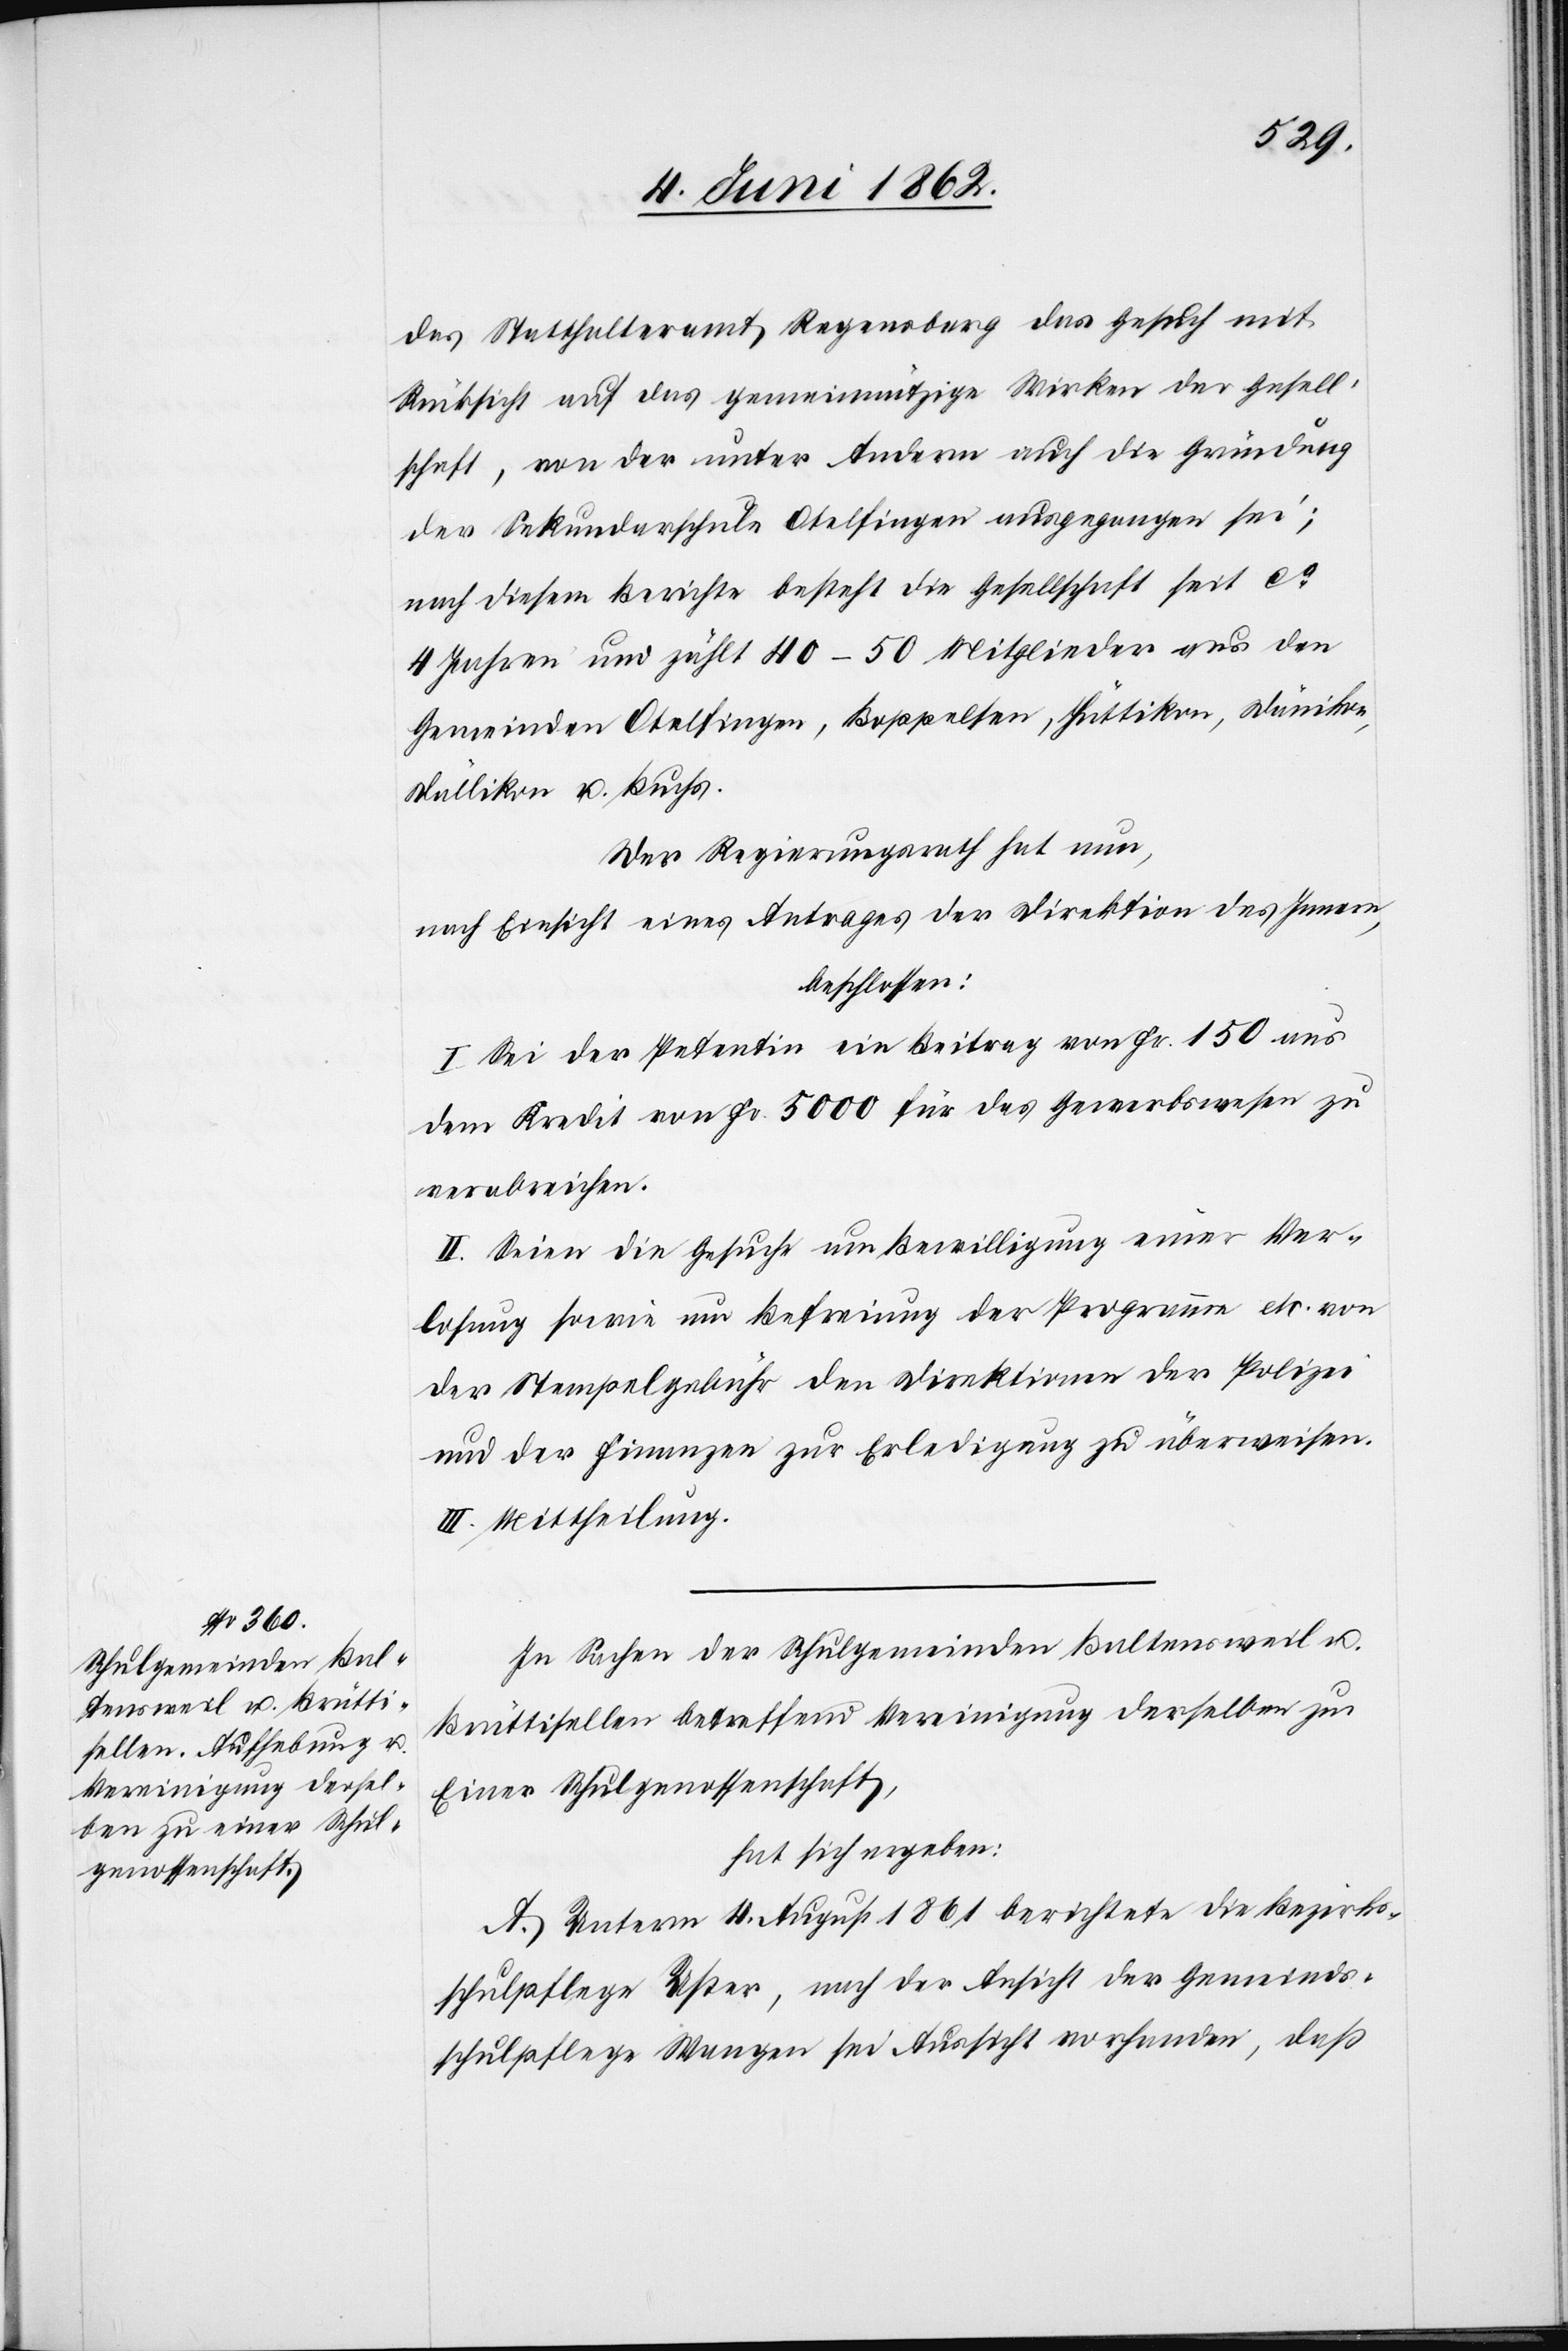
das Statthalteramt Regensberg das Gesuch mit
Rücksicht auf das gemeinnützige Wirken der Gesell¬
schaft, von der unter Anderm auch die Gründung
der Sekundarschule Otelfingen ausgegangen sei;
nach diesem Berichte besteht die Gesellschaft seit ca.
4 Jahren und zählt 40–50 Mitglieder aus den
Gemeinden Otelfingen, Boppelsen, Hüttikon, Dänikon,
Dällikon u. Buchs.
Der Regierungsrath hat nun,
nach Einsicht eines Antrages der Direktion des Innern,
beschlossen:
I. Sei der Petentin ein Beitrag von Fr. 150 aus
dem Kredit von Fr. 5000 für das Gewerbewesen zu
verabreichen.
II. Seien die Gesuche um Bewilligung einer Ver¬
losung sowie um Befreiung der Programme etc. von
der Stempelgebühr den Direktionen der Polizei
und der Finanzen zur Erledigung zu überweisen.
III. Mittheilung.
In Sachen der Schulgemeinde Baltensweil u.
Brüttisellen betreffend Vereinigung derselben zu
Einer Schulgenossenschaft,
hat sich ergeben:
A. Unterm 4. August 1861 berichtet die Bezirks¬
schulpflege Uster, nach der Ansicht der Gemeinds¬
schulpflege Wangen sei Aussicht vorhanden, daß